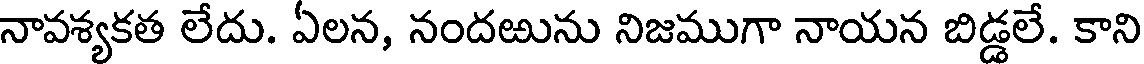
నావశ్యకత లేదు. ఏలన, నందఱును నిజముగా నాయన బిడ్డలే. కాని